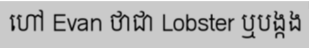
ហៅ Evan ថាជា Lobster ឬបង្កង